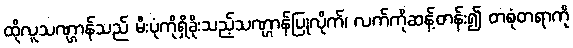
ထိုလူသဏ္ဌာန်သည် မီးပုံကိုရှိခိုးသည့်သဏ္ဌာန်ပြုလိုက်၊ လက်ကိုဆန့်တန်း၍ တစုံတရာကို